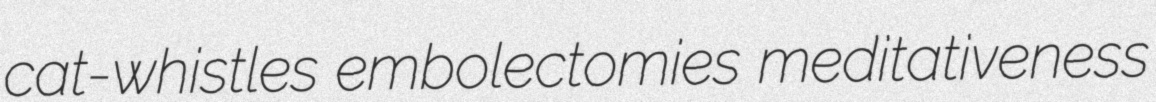
cat-whistles embolectomies meditativeness